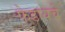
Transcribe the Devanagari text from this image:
फेडायचे